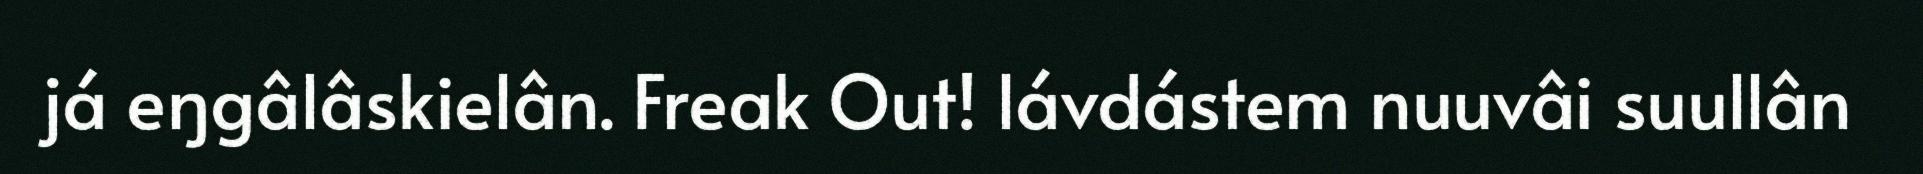
já eŋgâlâskielân. Freak Out! lávdástem nuuvâi suullân